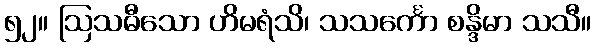
၅၂။ ဩသဓီသော ဟိမရံသိ၊ သသင်္ကော စန္ဒိမာ သသီ။